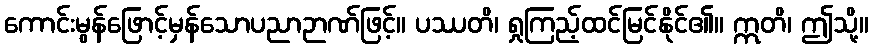
ကောင်းမွန်ဖြောင့်မှန်သောပညာဉာဏ်ဖြင့်။ ပဿတိ၊ ရှုကြည့်ထင်မြင်နိုင်၏။ ဣတိ၊ ဤသို့။